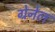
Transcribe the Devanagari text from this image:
ग्रेनेल